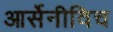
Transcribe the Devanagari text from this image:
आर्सेनीविच